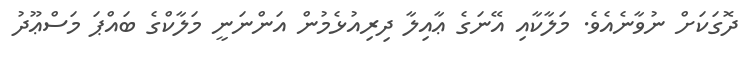
ދޮގަކަށް ނުވާނެއެވެ. މަލާކާއި އޭނަގެ ޢާއިލާ ދިރިއުޅެމުން އަންނަނީ މަލާކްގެ ބައްޕަ މަސްޢޫދު